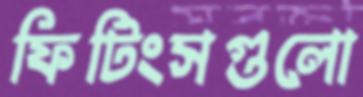
ফিটিংসগুলো